Vaccination in Bombay 1924-1928 - 1924-1928
Year: 1924
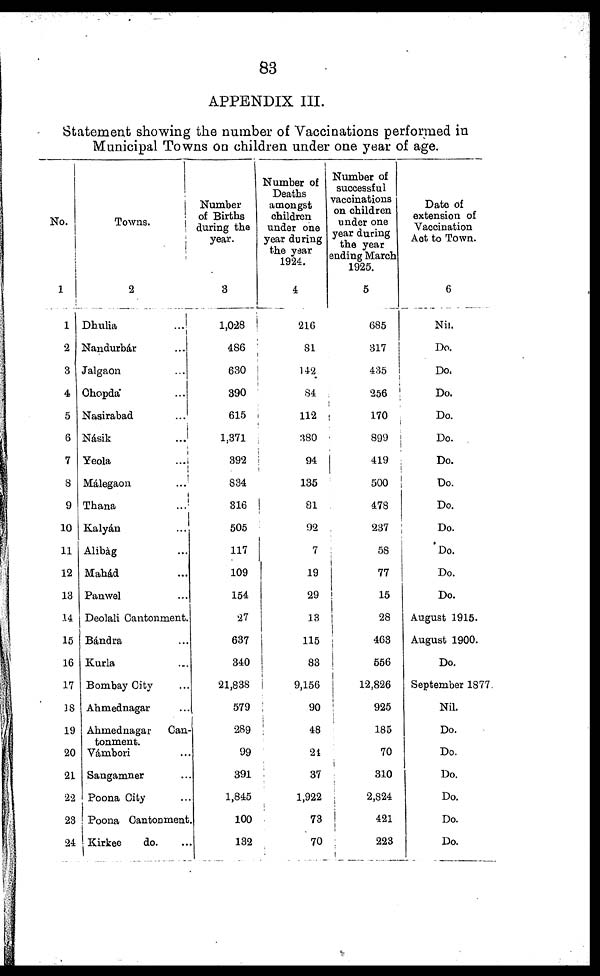
83
APPENDIX III.
Statement showing the number of Vaccinations performed in
Municipal Towns on children under one year of age.
No.
1
1
2
3
4
5
6
7
8
9
10
11
12
13
14
15
16
17
38
19
20
21
22
23
24
Towns.
2
Dhulia
...
Nandurbár ...
Jalgaon ...
Chopda ...
Nasirabad ...
Násik
...
Yeola
...
Málegaon
...
Thana
...
Kalyán ...
Alibàg ...
Mahád ...
Panwel ...
Deolali Cantonment.
Bándra ...
Kurla ...
Bombay City ...
Ahmednagar
Ahmednagar
Can-
tonment.
Vámbori ...
Sangamner ...
Poona City ...
Poona Cantonment.
Kirkee
do. ...
Number
of Births
during the
year.
3
1,028
486
630
390
615
1,371
392
834
316
505
117
109
154
27
637
340
21,838
579
289
99
391
1,845
100
132
Number of
Deaths
amongst
children
under one
year during
the year
1924.
4
216
81
142
84
112
380
94
135
81
92
7
19
29
13
115
83
9,156
90
48
21
37
1,922
73
70
Number of
successful
vaccinations
on children
under one
year during
the year
ending March
1925.
5
685
317
435
256
170
899
419
500
478
237
58
77
15
28
463
556
12,826
925
185
70
310
2,824
421
223
Date of
extension of
Vaccination
Act to Town.
6
Nil.
Do.
Do.
Do.
Do.
Do.
Do.
Do.
Do.
Do.
Do.
Do.
Do.
August 1915.
August 1900.
Do.
September 1877.
Nil.
Do.
Do.
Do.
Do.
Do.
Do.